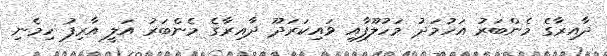
ދާއިރާގެ މެންބަރު އަހުމަދު މަހުލޫފާއި ވައިކަރަދޫ ދާއިރާގެ މެންބަރު އަލީ އާރިފު ހިމެނި